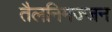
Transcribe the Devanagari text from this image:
तैलनिमज्जन